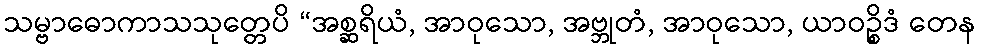
သမ္ဗာဓောကာသသုတ္တေပိ “အစ္ဆရိယံ, အာဝုသော, အဗ္ဘုတံ, အာဝုသော, ယာဝဉ္စိဒံ တေန